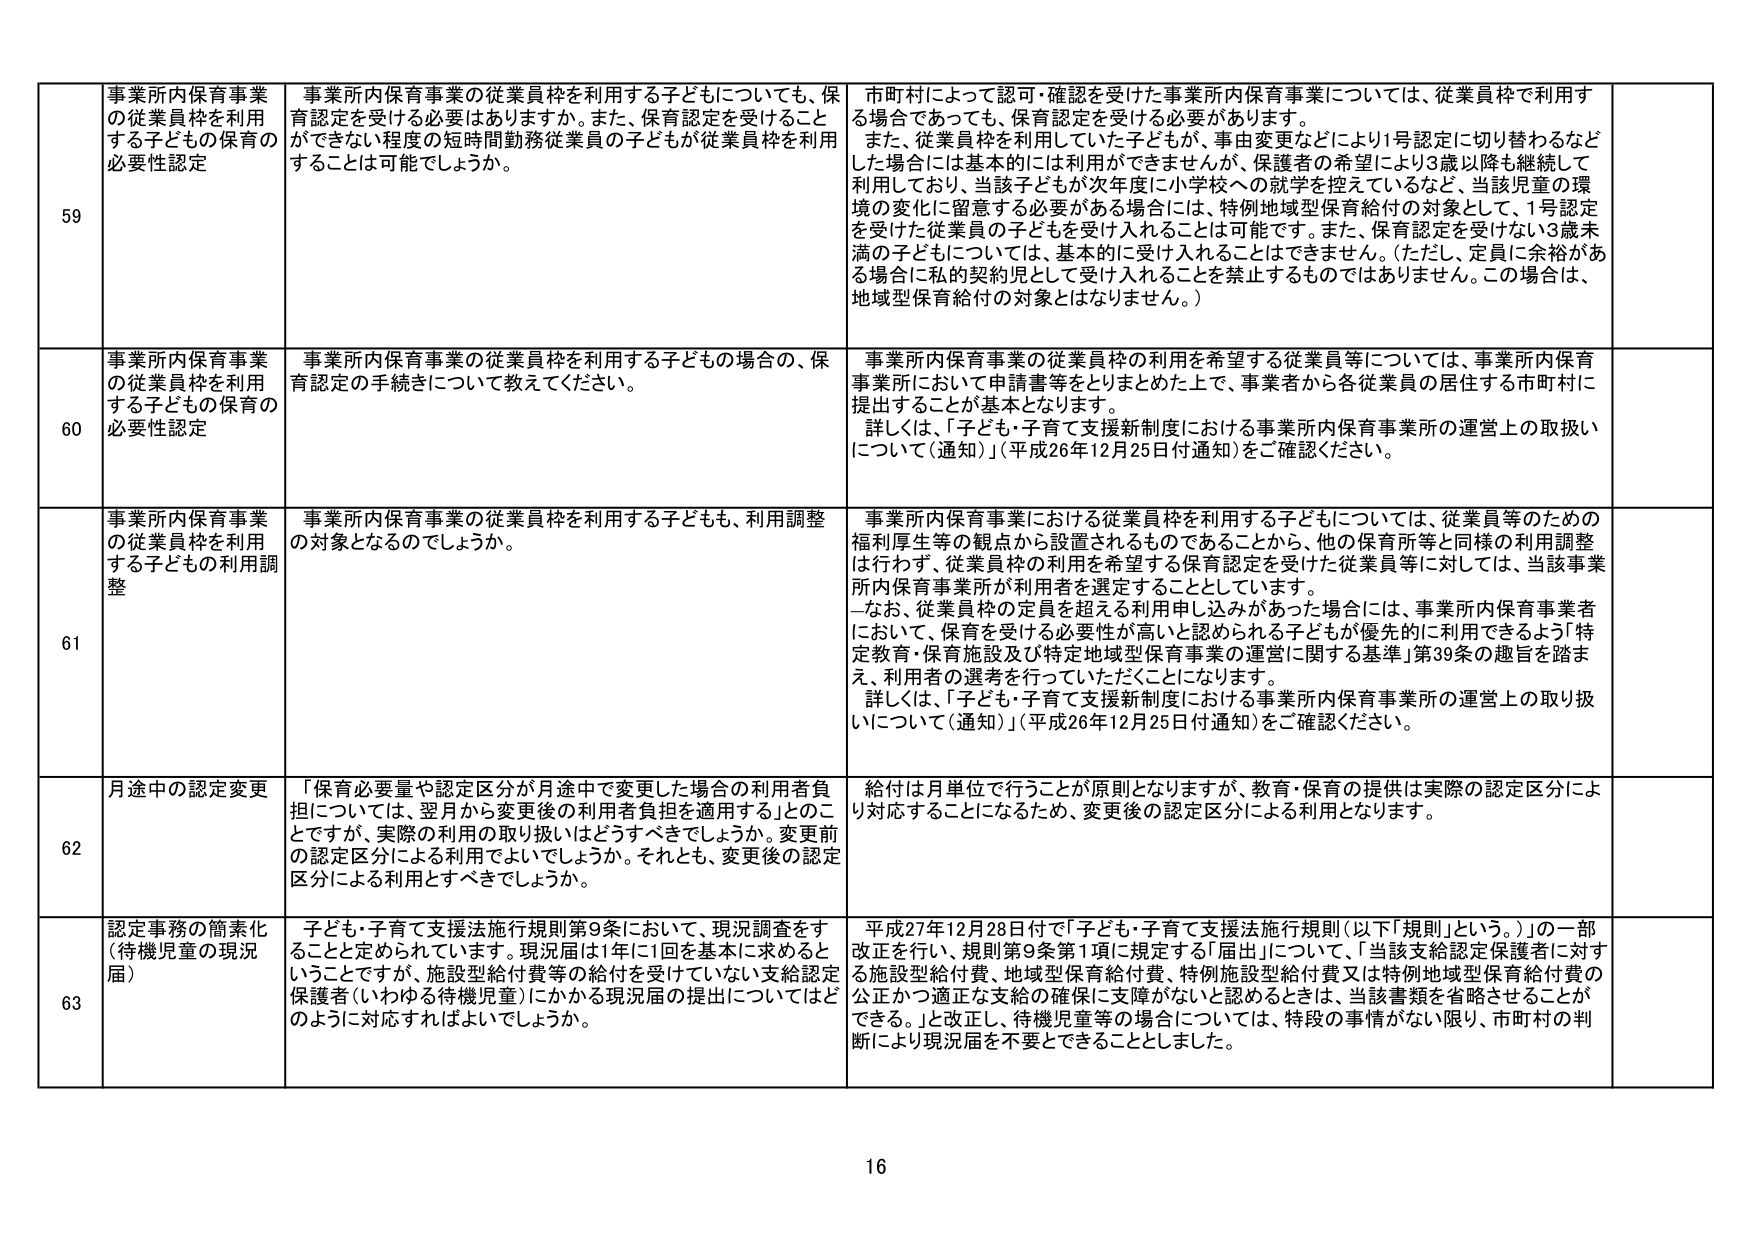
59 事業所内保育事業の従業員枠を利用する子どもの保育の必要性認定 事業所内保育事業の従業員枠を利用する子どもについても、保育認定を受ける必要はありますか。また、保育認定を受けることができない程度の短時間勤務従業員の子どもが従業員枠を利用するすることは可能でしょうか。 市町村によって認可・確認を受けた事業所内保育事業については、従業員枠で利用する場合であっても、保育認定を受ける必要があります。 また、従業員枠を利用していた子どもが、事由変更などにより1号認定に切り替わるなどした場合には基本的には利用ができませんが、保護者の希望により3歳以降も継続して利用しており、当該子どもが次年度に小学校への就学を控えているなど、当該児童の環境の変化に留意する必要がある場合には、特例地域型保育給付の対象として、1号認定を受けた従業員の子どももを受け入れることは可能です。また、保育認定を受けない3歳未満の子どもについては、基本的に受け入れることはできません。（ただし、定員に余裕がある場合に私的契約児として受け入れることを禁止するものではありません。この場合は、地域型保育給付の対象とはなりません。）

60 事業所内保育事業の従業員枠を利用する子どもの保育の必要性認定 事業所内保育事業の従業員枠を利用する子どもの場合の、保育認定の手続きについて教えてください。 事業所内保育事業の従業員枠の利用を希望する従業員等については、事業所内保育事業所において申請書等をとりまとめた上で、事業者から各従業員の居住する市町村に提出することが基本となります。 詳しくは、「子ども・子育て支援新制度における事業所内保育事業所の運営上の取扱いについて（通知）」（平成26年12月25日付通知）をご確認ください。

61 事業所内保育事業の従業員枠を利用する子どもの利用調整 事業所内保育事業の従業員枠を利用する子どもも、利用調整の対象となるのでしょうか。 事業所内保育事業における従業員枠を利用する子どもについては、従業員等のための福利厚生等の観点から設置されるものであることから、他の保育所等と同様の利用調整は行わず、従業員枠の利用を希望する保育認定を受けた従業員等に対しては、当該事業所内保育事業所が利用者を選定することとしています。 －なお、従業員枠の定員を超える利用申し込みがあった場合には、事業所内保育事業者において、保育を受ける必要性が高いと認められる子どもが優先的に利用できるよう「特定教育・保育施設及び特定地域型保育事業の運営に関する基準」第39条の趣旨を踏まえ、利用者の選考を行っていただくことになります。 詳しくは、「子ども・子育て支援新制度における事業所内保育事業所の運営上の取り扱いについて（通知）」（平成26年12月25日付通知）をご確認ください。

62 月途中の認定変更 「保育必要量や認定区分が月途中で変更した場合の利用者負担については、翌月から変更後の利用者負担を適用する」とのことですが、実際の利用の取り扱いはどうすべきでしょうか。変更前の認定区分による利用でよいでしょうか。それとも、変更後の認定区分による利用とすべきでしょうか。 給付は月単位で行うことが原則となりますが、教育・保育の提供は実際の認定区分により対応することになるため、変更後の認定区分による利用となります。

63 認定事務の簡素化（待機児童の現況届） 子ども・子育て支援法施行規則第9条において、現況調査をすることと定められています。現況届は1年に1回を基本に求めると いうことですが、施設型給付費等の給付を受けていない支給認定保護者（いわゆる待機児童）にかかる現況届の提出についてはどのように対応すればよいでしょうか。 平成27年12月28日付で「子ども・子育て支援法施行規則（以下「規則」という。）」の一部改正を行い、規則第9条第1項に規定する「届出」について、「当該支給認定保護者に対する施設型給付費、地域型保育給付費、特例施設型給付費又は特例地域型保育給付費の公正かつ適正な支給の確保に支障がないと認めるときは、当該書類を省略させることができる。」と改正し、待機児童等の場合については、特段の事情がない限り、市町村の判断により現況届を不要とできることとしました。

16